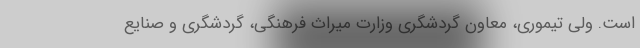
است. ولی تیموری، معاون گردشگری وزارت میراث فرهنگی، گردشگری و صنایع